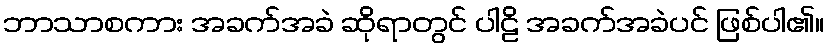
ဘာသာစကား အခက်အခဲ ဆိုရာတွင် ပါဠိ အခက်အခဲပင် ဖြစ်ပါ၏။